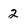
Character: 2